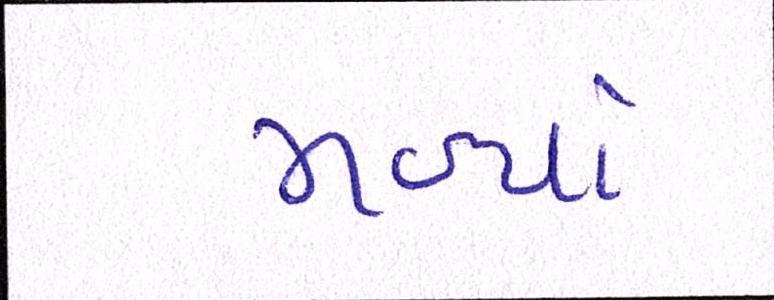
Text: મળ્યાં